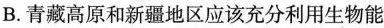
B.青藏高原和新疆地区应该充分利用生物能